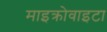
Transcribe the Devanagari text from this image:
माइक्रोवाइटा